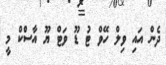
ދެން އައި ވިލް ހޭވް ޓު ޑޫ ވަޓް ޔޫ އާސްކް މީ